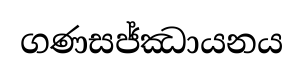
ගණසජ්ඣායනය